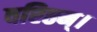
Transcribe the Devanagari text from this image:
वरिष्ठम्‌।